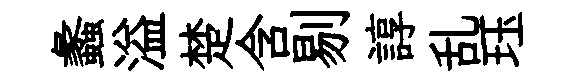
蠡溢楚含剔諄乱珏